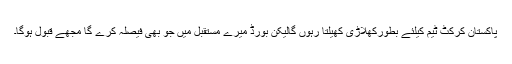
پاکستان کرکٹ ٹیم کیلئے بطورکھلاڑی کھیلتا رہوں گالیکن بورڈ میرے مستقبل میں جو بھی فیصلہ کرے گا مجھے قبول ہوگا۔